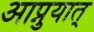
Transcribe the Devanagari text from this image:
आप्नुयात्